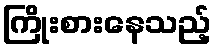
ကြိုးစားနေသည့်